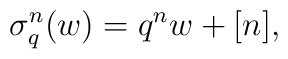
\sigma^n_q ( w ) = q^n w + [ n ],